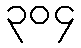
၃၀၄